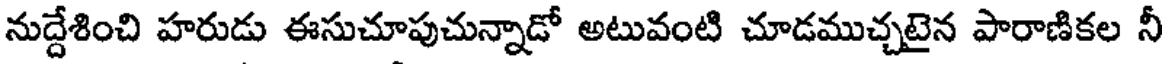
నుద్దేశించి హరుడు ఈసుచూపుచున్నాడో అటువంటి చూడముచ్చటైన పారాణికల నీ